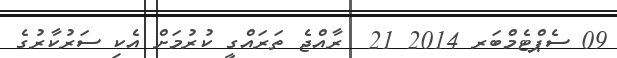
09 ސެޕްޓެމްބަރ 2014 21  ރާއްޖެ ތަރައްގީ ކުރުމަށް އެކި ސަރުކާރުގެ